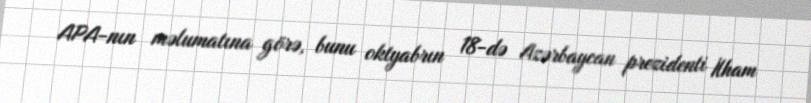
APA-nın məlumatına görə, bunu oktyabrın 18-də Azərbaycan prezidenti İlham